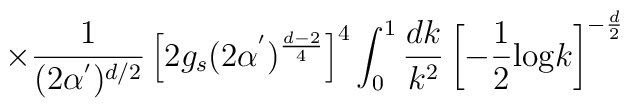
\times \frac{1}{( 2 \alpha^{'} )^{d/2} }\left[ 2 g_{s} ( 2 \alpha^{'} )^{\frac{d-2}{4}} \right]^{4}\int_{0}^{1} \frac{dk}{k^{2}} \left[ -\frac{1}{2} \mbox{log} k\right]^{-\frac{d}{2}}